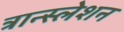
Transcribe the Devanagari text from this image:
त्रान्स्लेशन